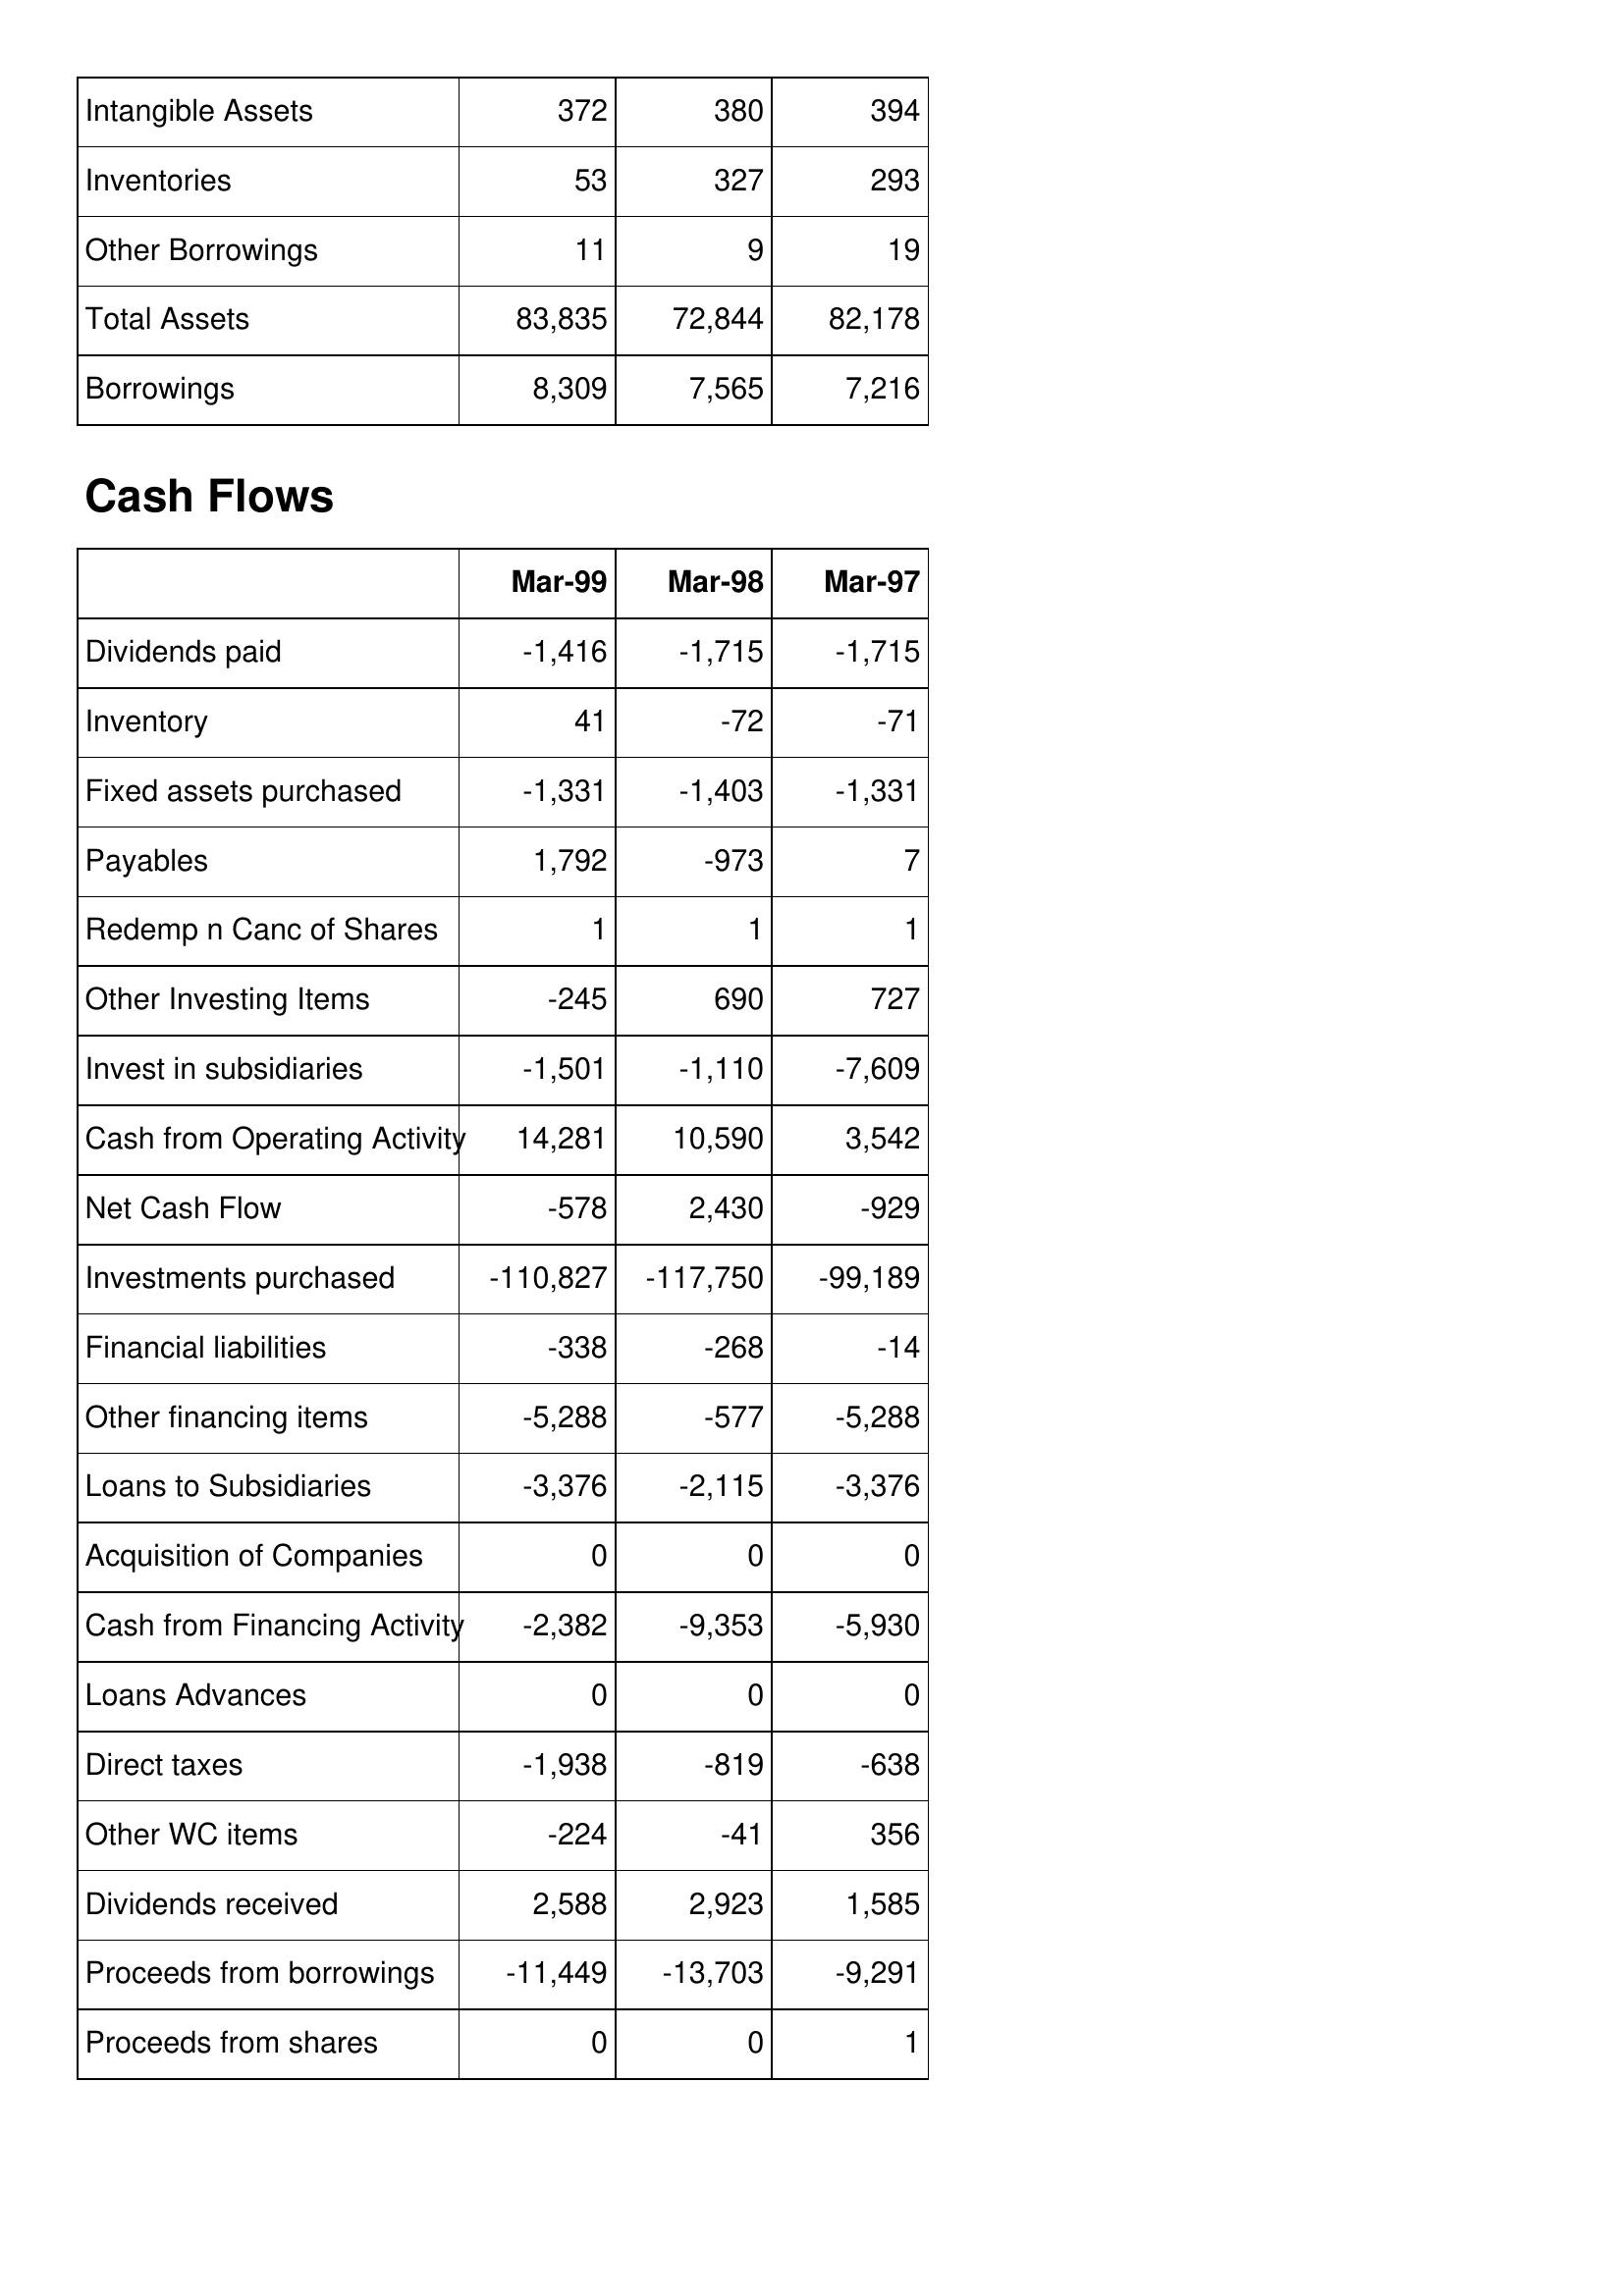
Mar-99: Balance Sheet: Intangible Assets: 372
Inventories: 53
Other Borrowings: 11
Total Assets: 83,835
Borrowings: 8,309
Cash Flows: Dividends paid: -1,416
Inventory: 41
Fixed assets purchased: -1,331
Payables: 1,792
Redemp n Canc of Shares: 1
Other Investing Items: -245
Invest in subsidiaries: -1,501
Cash from Operating Activity: 14,281
Net Cash Flow: -578
Investments purchased: -110,827
Financial liabilities: -338
Other financing items: -5,288
Loans to Subsidiaries: -3,376
Acquisition of Companies: 0
Cash from Financing Activity: -2,382
Loans Advances: 0
Direct taxes: -1,938
Other WC items: -224
Dividends received: 2,588
Proceeds from borrowings: -11,449
Proceeds from shares: 0
Mar-98: Balance Sheet: Intangible Assets: 380
Inventories: 327
Other Borrowings: 9
Total Assets: 72,844
Borrowings: 7,565
Cash Flows: Dividends paid: -1,715
Inventory: -72
Fixed assets purchased: -1,403
Payables: -973
Redemp n Canc of Shares: 1
Other Investing Items: 690
Invest in subsidiaries: -1,110
Cash from Operating Activity: 10,590
Net Cash Flow: 2,430
Investments purchased: -117,750
Financial liabilities: -268
Other financing items: -577
Loans to Subsidiaries: -2,115
Acquisition of Companies: 0
Cash from Financing Activity: -9,353
Loans Advances: 0
Direct taxes: -819
Other WC items: -41
Dividends received: 2,923
Proceeds from borrowings: -13,703
Proceeds from shares: 0
Mar-97: Balance Sheet: Intangible Assets: 394
Inventories: 293
Other Borrowings: 19
Total Assets: 82,178
Borrowings: 7,216
Cash Flows: Dividends paid: -1,715
Inventory: -71
Fixed assets purchased: -1,331
Payables: 7
Redemp n Canc of Shares: 1
Other Investing Items: 727
Invest in subsidiaries: -7,609
Cash from Operating Activity: 3,542
Net Cash Flow: -929
Investments purchased: -99,189
Financial liabilities: -14
Other financing items: -5,288
Loans to Subsidiaries: -3,376
Acquisition of Companies: 0
Cash from Financing Activity: -5,930
Loans Advances: 0
Direct taxes: -638
Other WC items: 356
Dividends received: 1,585
Proceeds from borrowings: -9,291
Proceeds from shares: 1